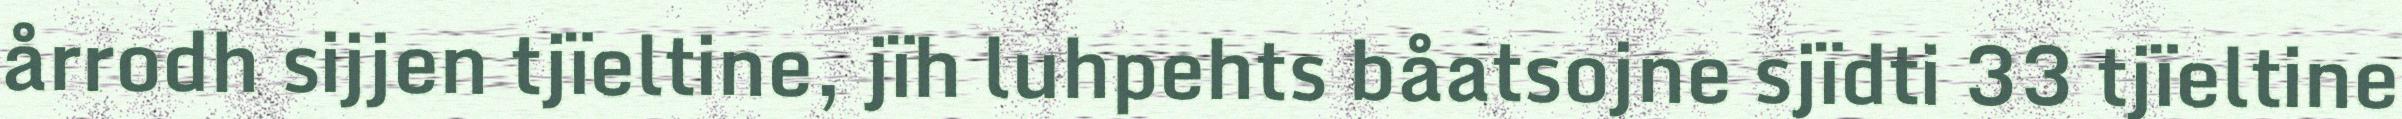
årrodh sijjen tjïeltine, jïh luhpehts båatsojne sjïdti 33 tjïeltine